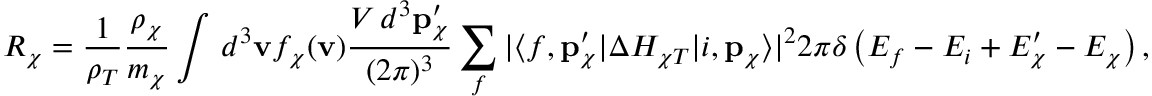
R _ { \chi } = \frac { 1 } { \rho _ { T } } \frac { \rho _ { \chi } } { m _ { \chi } } \int \, d ^ { 3 } \mathbf { v } f _ { \chi } ( \mathbf { v } ) \frac { V \, d ^ { 3 } \mathbf { p } _ { \chi } ^ { \prime } } { ( 2 \pi ) ^ { 3 } } \sum _ { f } | \langle f , \mathbf { p } _ { \chi } ^ { \prime } | \Delta H _ { \chi T } | i , \mathbf { p } _ { \chi } \rangle | ^ { 2 } 2 \pi \delta \left( E _ { f } - E _ { i } + E _ { \chi } ^ { \prime } - E _ { \chi } \right) ,